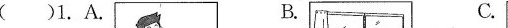
( )1.A. B. C.